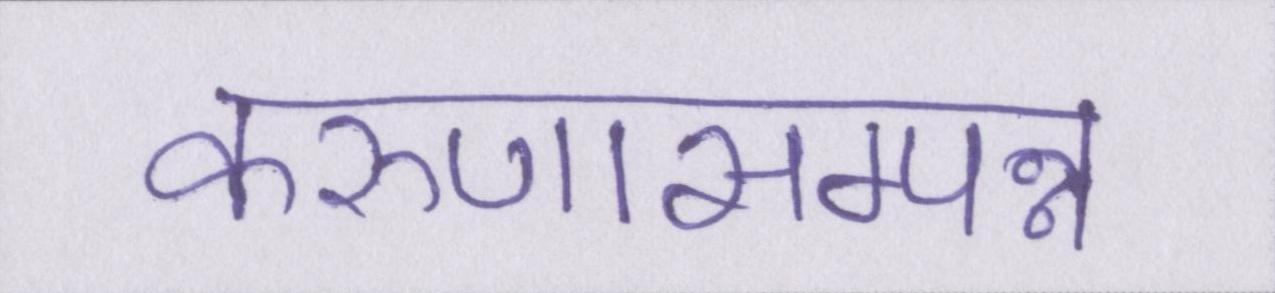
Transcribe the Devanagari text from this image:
करुणासम्पन्न